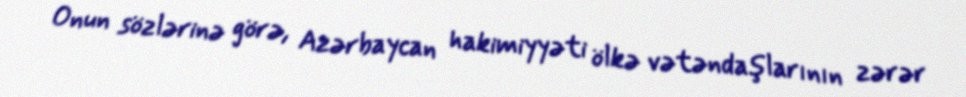
Onun sözlərinə görə, Azərbaycan hakimiyyəti ölkə vətəndaşlarının zərər